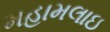
મહામલાઇ